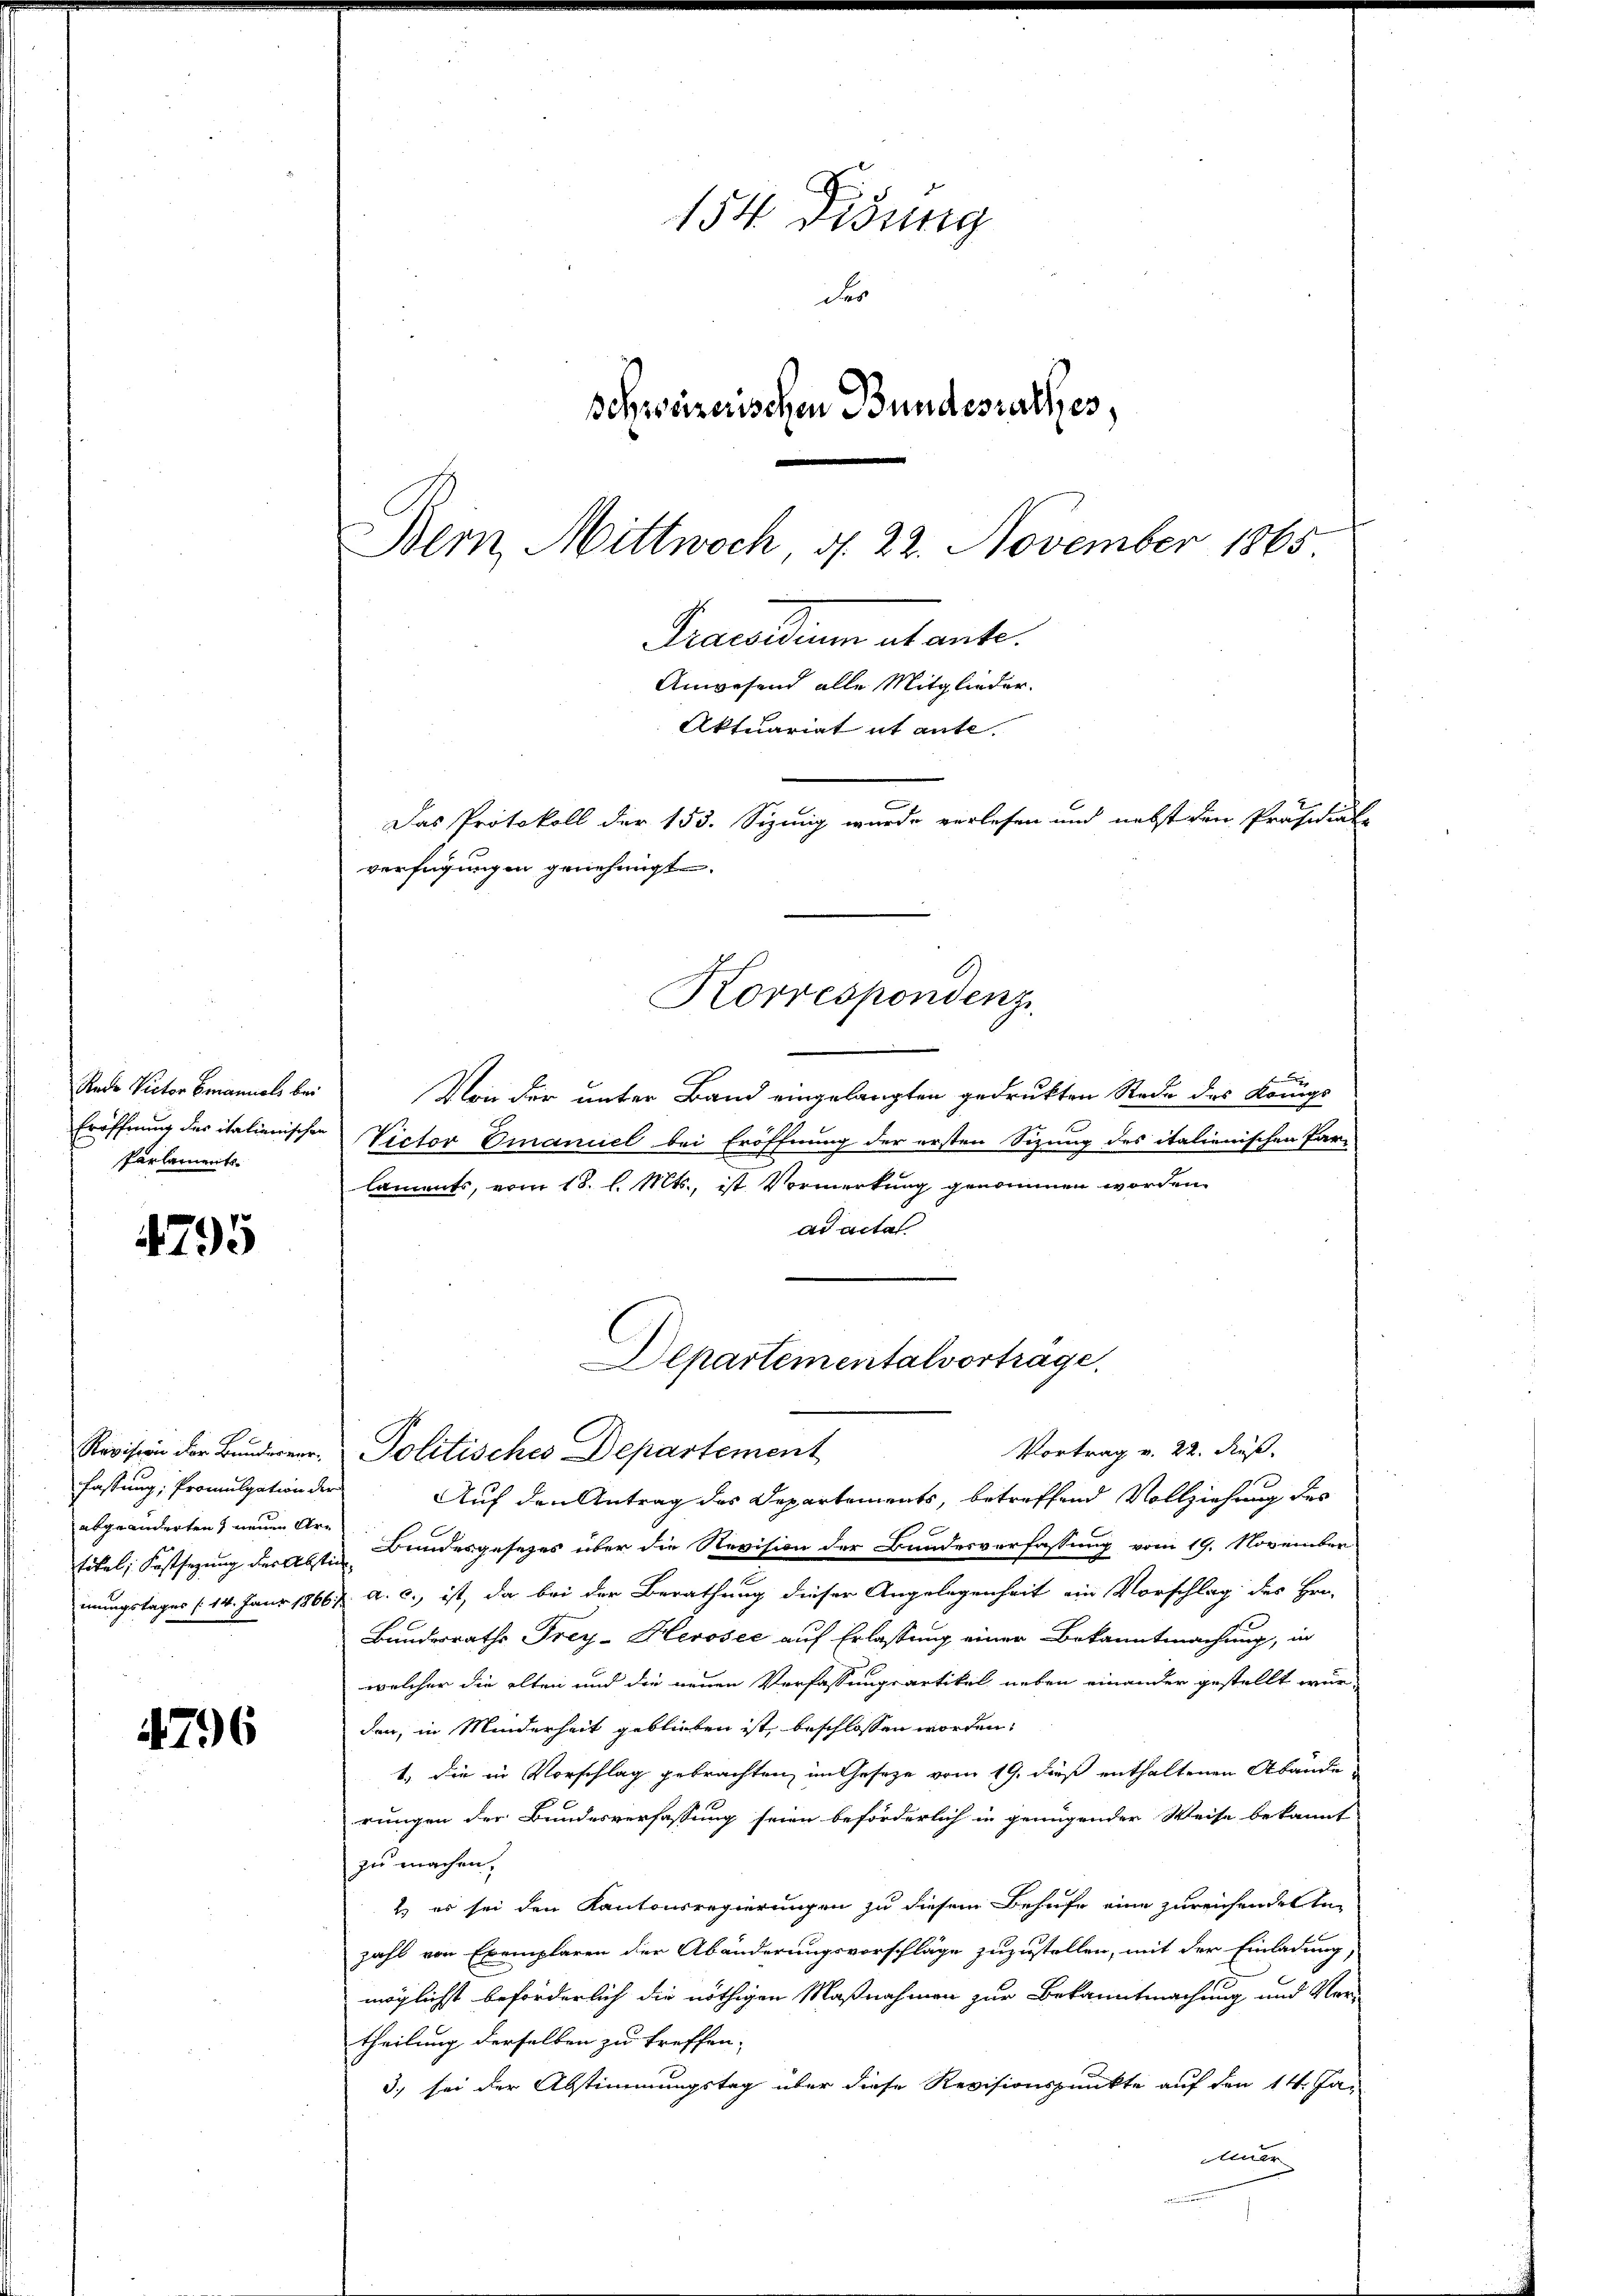
Rede Rector Emanuels bei
Eröffnung des italienischen
Parlaments-

4795

abgeänderten neuen Ar¬

4796

154. Didung
der
schweizerischen Bundesrathes,
Bern, Mittwoch d. 22. November 1865
Praesidium ab ante.
Anwesend alle Mitglieder.
Aktuariat it ante¬
Das Protokoll der 153. Sizung wurde verlesen und nebst den Präsidial-
verfügungen genehmigt.

f
Von der unter Band eingelangten gedrukten Rede des Königs
Victor Emanuel bei Eröffnung der ersten Sizung des italienischen Par-
laments, vom 18. l. Mts., ist Vormerkung genommen worden.
ad actat.
Revision der Bunderner Politisches Departement
fassung; Promulgation der Auf den Antrag des Departements, betreffend Vollziehung des
titel, Festsezung der Absten Bundesgesetzes über die Revision der Bundesverfassung vom 19. November
mungstages (14. Janr 1866 a. c., ist, da bei der Berathung dieser Angelegenheit ein Vorschlag des Hro-
Bundesraths Frey-Herosee auf Erlassung einer Bekanntmachung, in
welcher die elten und die neuen Verfassungsartikel neben einander gestellt wur-
den, in Minderheit geblieben ist, beschlossen worden:
1.) Die in Vorschlag gebrachten, im Geseze vom 19. dieß enthaltenen Abände
rungen der Bundesverfassung seien beförderlich in genügender Weise bekannt
zu machen.
2) es sei den Kantonsregierungen zu diesem Behufe eine zureichendelten
zahl von Exemplaren der Abänderungsvorschläge zuzustellen, mit der Einladung,
möglichst beförderlich die nöthigen Maßnahmen zur Bekanntmachung und Ver-
theilung derselben zu treffen.
3) sei der Abstimmungstag über diese Revisionspunkte auf den 14. Ja-
Auer

Korrespondenz

Departementalvorträge.
Vortrag v. 22. Fuß.